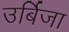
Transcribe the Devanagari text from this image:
उर्बिजा